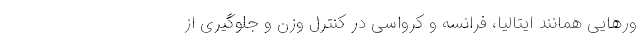
ور‌هایی همانند ایتالیا، فرانسه و کرواسی در کنترل وزن و جلوگیری از